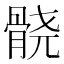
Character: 𱅮